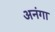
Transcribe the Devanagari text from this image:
अनंगा